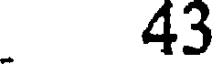
43